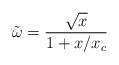
LaTeX: \begin{align*} \tilde \omega = \frac{\sqrt{x}}{1+ x/x_c }\end{align*}